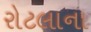
રોટલાના